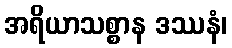
အရိယာသစ္စာန ဒဿနံ၊